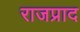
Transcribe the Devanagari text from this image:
राजप्राद